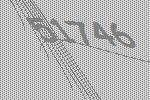
51746